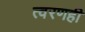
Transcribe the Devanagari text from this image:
त्वरणही